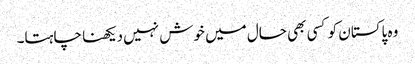
وہ پاکستان کو کسی بھی حال میں خوش نہیں دیکھنا چاہتا۔